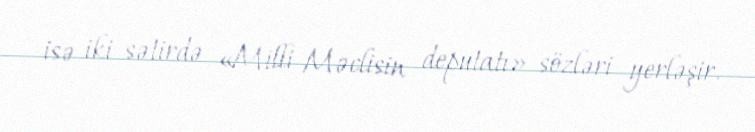
isə iki sətirdə «Milli Məclisin deputatı» sözləri yerləşir.